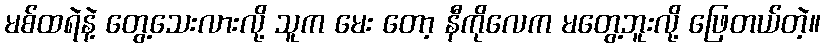
မစ်ထရဲနဲ့ တွေ့သေးလားလို့ သူက မေး တော့ နီကိုလေက မတွေ့ဘူးလို့ ဖြေတယ်တဲ့။